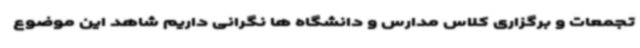
تجمعات و برگزاری کلاس مدارس و دانشگاه ها نگرانی داریم شاهد این موضوع